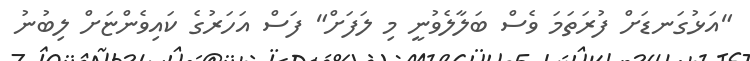
"އަޅުގަނޑަށް ފުރަތަމަ ވެސް ބަލާލެވުނީ މި ލަފަށް" ފަސް އަހަރުގެ ކައިވެންޏަށް ލިބުނު